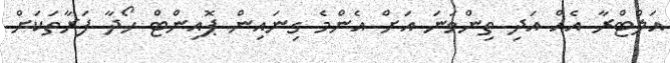
އަލްޓްރާ އެއް އަދި ތިންވަނަ އަށް އެންމެ ގިނައިން ޕޮއިންޓް ހޯދާ ފަރާތަކަށް